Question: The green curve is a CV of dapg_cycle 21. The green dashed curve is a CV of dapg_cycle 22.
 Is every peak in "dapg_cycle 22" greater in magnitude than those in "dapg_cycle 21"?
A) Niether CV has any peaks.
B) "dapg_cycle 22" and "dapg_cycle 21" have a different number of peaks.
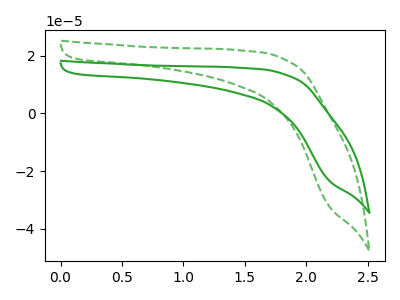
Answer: <think>The green curve "dapg_cycle 21" has no peaks. The green dashed curve "dapg_cycle 22" has no peaks.</think>
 <answer>A) Niether CV has any peaks.</answer>
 <eval>A</eval>